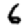
Digit: 6